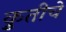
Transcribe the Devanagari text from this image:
कृुतीचे